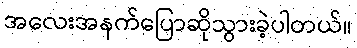
အလေးအနက်ပြောဆိုသွားခဲ့ပါတယ်။